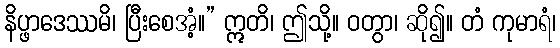
နိပ္ဖာဒေဿမိ၊ ပြီးစေအံ့။” ဣတိ၊ ဤသို့။ ဝတွာ၊ ဆို၍။ တံ ကုမာရံ၊